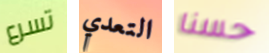
تسرع التعدي حسنا